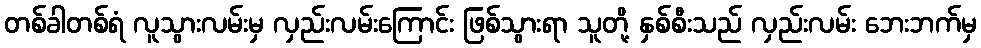
တစ်ခါတစ်ရံ လူသွားလမ်းမှ လှည်းလမ်းကြောင်း ဖြစ်သွားရာ သူတို့ နှစ်စီးသည် လှည်းလမ်း ဘေးဘက်မှ